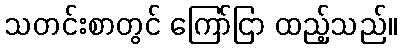
သတင်းစာတွင် ကြော်ငြာ ထည့်သည်။